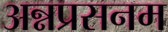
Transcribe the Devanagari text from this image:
अन्नप्रसनम